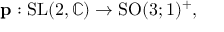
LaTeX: \mathbf { p } : { \mathrm { S L } } ( 2 , \mathbb { C } ) \to { \mathrm { S O } } ( 3 ; 1 ) ^ { + } ,